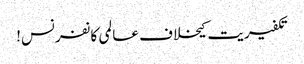
تکفیریت کیخلاف عالمی کانفرنس!